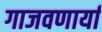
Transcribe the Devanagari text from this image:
गाजवणार्या